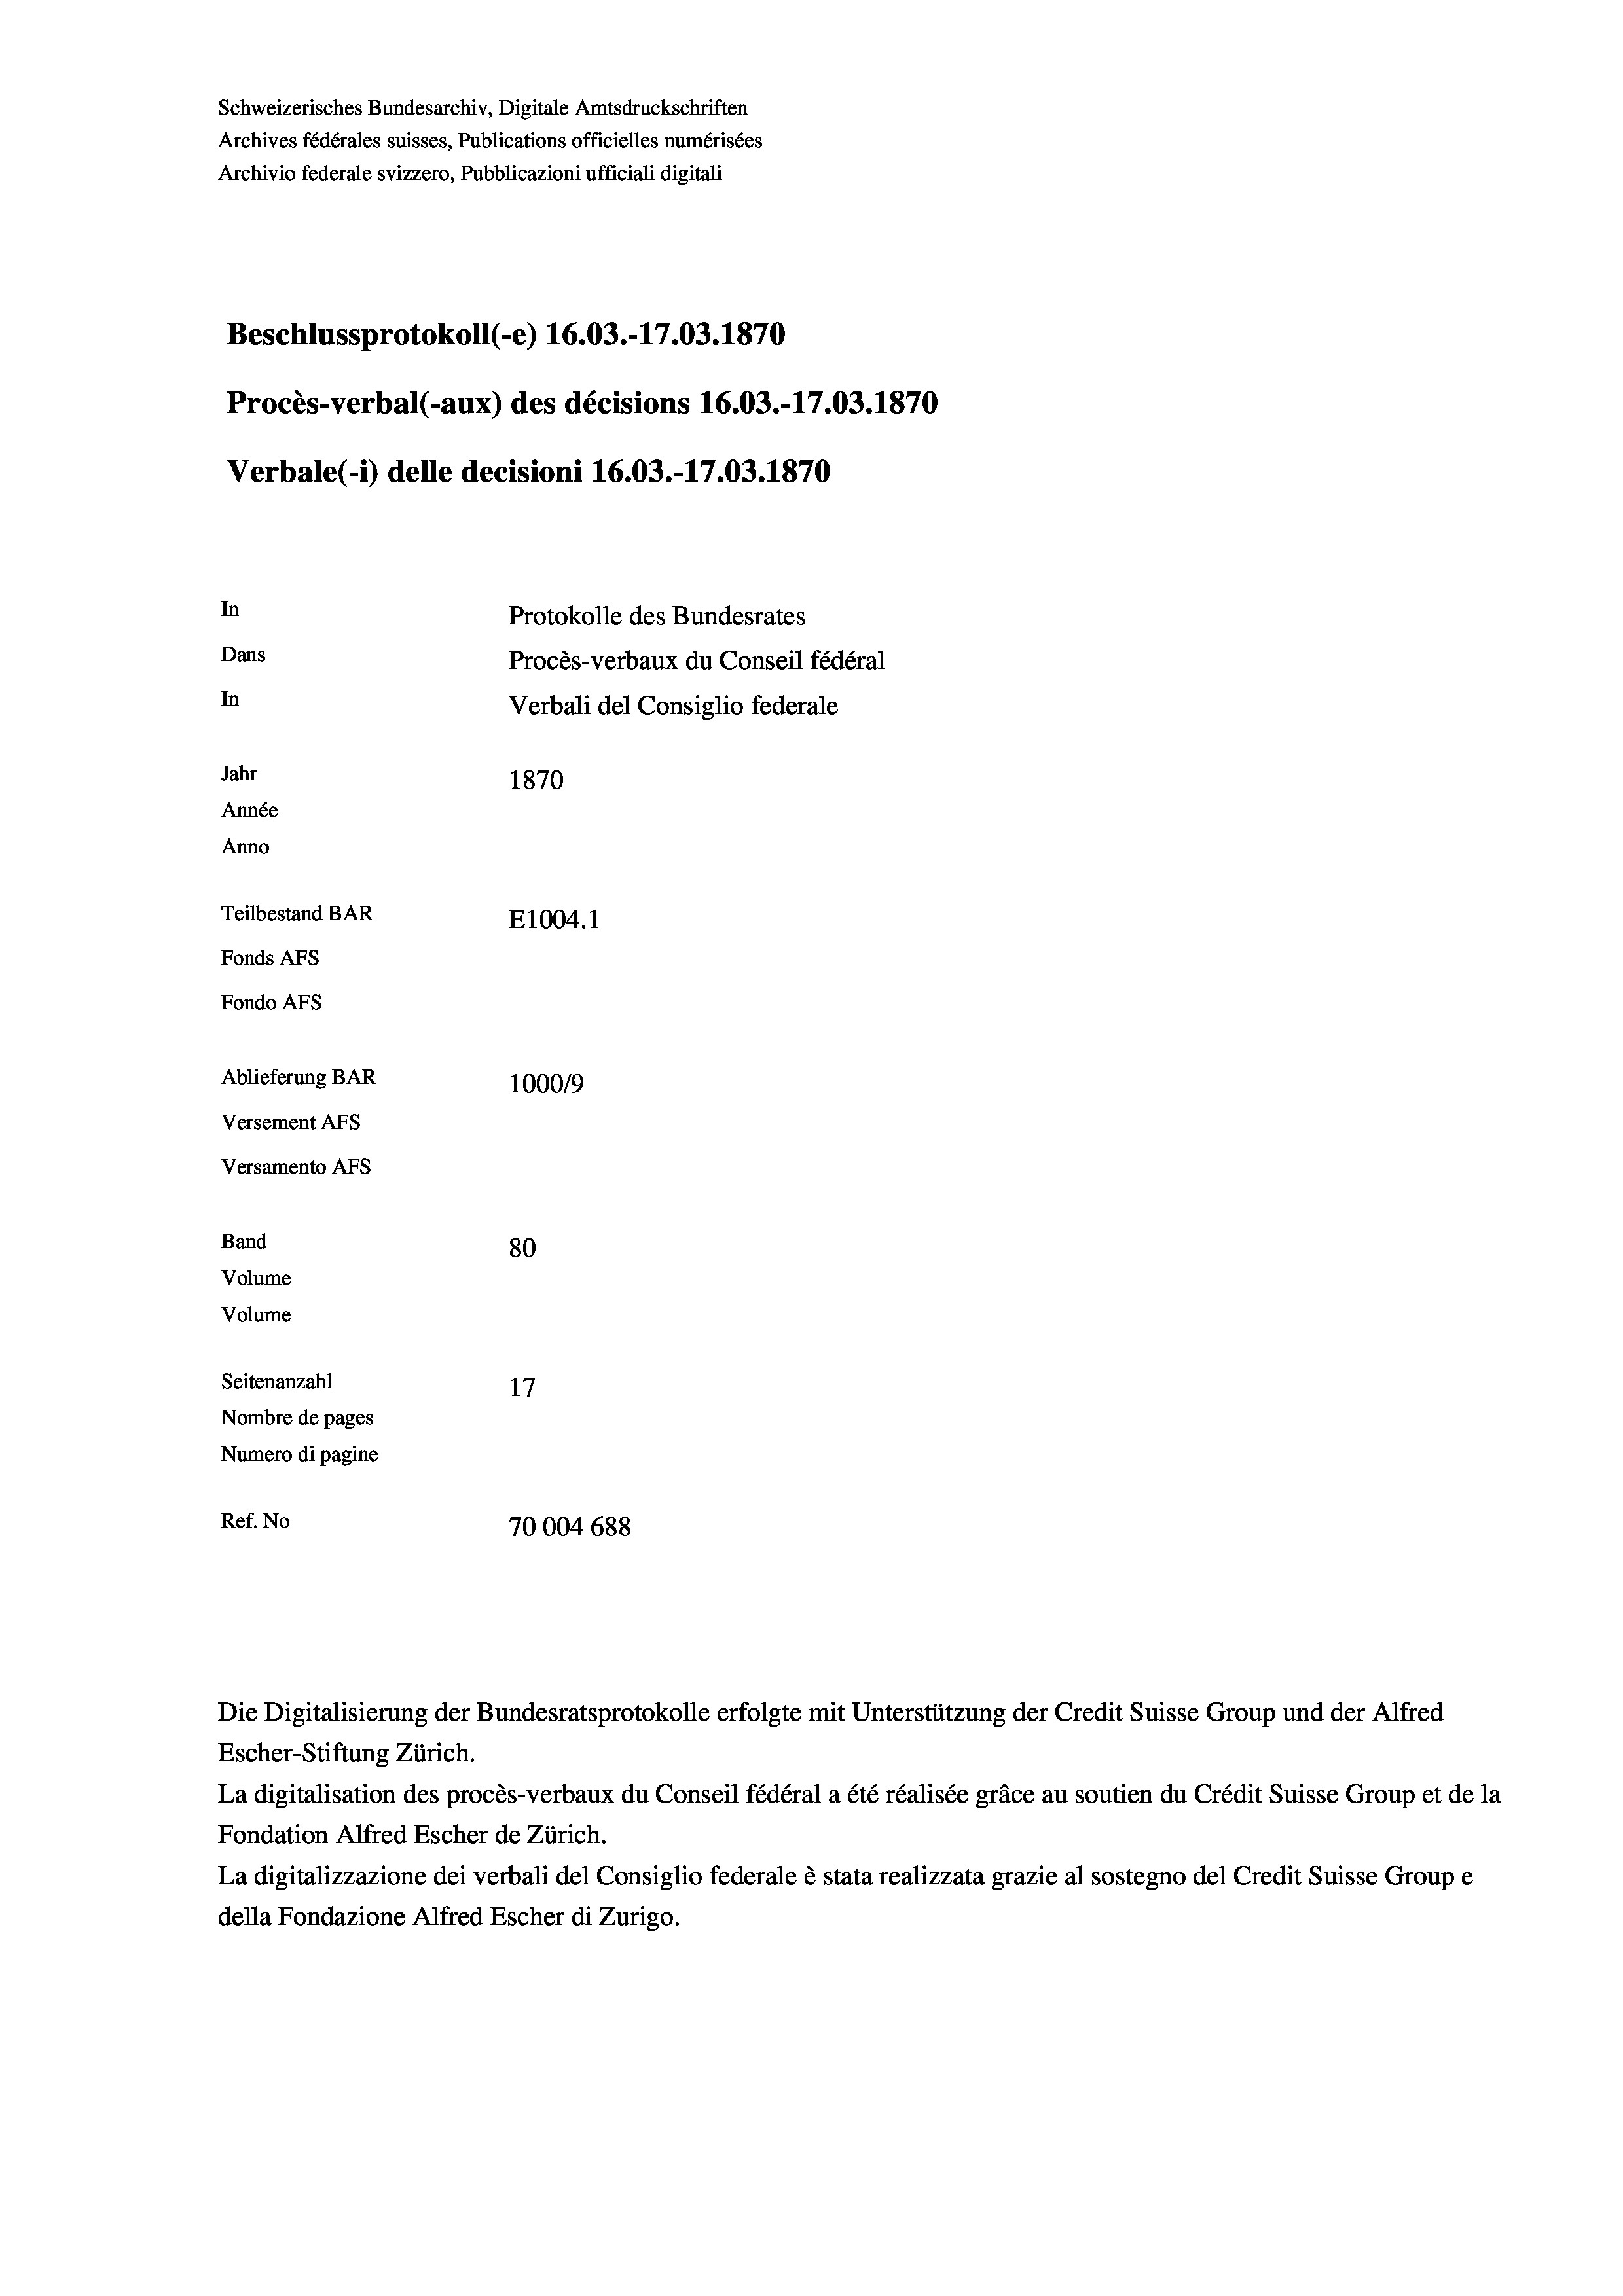
Schweizerisches Bundesarchiv, Digitale Amtsdruckschriften
Archives fédérales suisses, Publications officielles numérisées
Archivio federale svizzero, Pubblicazioni ufficiali digitali
Beschlussprotokoll (-e) 16.03.-17.03. 1870
Procès-verbal (-aux) des décisions 16.03.-17.03. 1870
Verbale (- 1) delle decisioni 16.03.-17.03. 1870
In
Protokolle des Bundesrates
Dans
Procès-verbaux du Conseil fédéral
In
Verbali del Consiglio federale
Jahr
1870
Année
Anno
Teilbestand BAR
E1004.1
Fonds AFs
Fondo AFS
Ablieferung BAR
100019
Versement AFs
Versamento AFs
Band
80
Volume
Volume
Seitenanzahl
17
Nombre de pages
Numero di pagine
Ref. No
70004688

La digitalisation des procès-verbaux du Conseil fédéral a été réalisée gräce au soutien du Crédit Suisse Group et de la
Fondation Alfred Escher de Zürich.
La digitalizzazione dei verbali del Consiglio federale è stata realizzata grazie al sostegno del Credit Suisse Groupe
della Fondazione Alfred Escher di Zurigo.

Die Digitalisierung der Bundesratsprotokolle erfolgte mit Unterstützung der Credit Suisse Group und der Alfred
Escher-Stiftung Zürich.